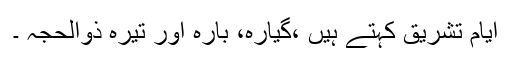
ایام تشریق کہتے ہیں ،گیارہ، بارہ اور تیرہ ذوالحجہ ۔